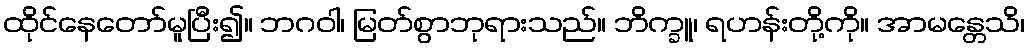
ထိုင်နေတော်မူပြီး၍။ ဘဂဝါ၊ မြတ်စွာဘုရားသည်။ ဘိက္ခူ၊ ရဟန်းတို့ကို။ အာမန္တေသိ၊